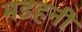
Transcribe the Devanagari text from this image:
मडहनी